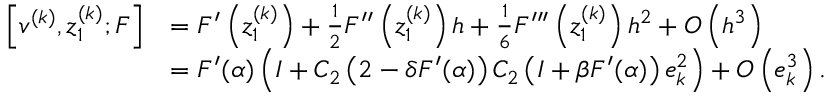
\begin{array} { r l } { \left[ v ^ { ( k ) } , z _ { 1 } ^ { ( k ) } ; F \right] } & { = F ^ { \prime } \left( z _ { 1 } ^ { ( k ) } \right) + \frac { 1 } { 2 } F ^ { \prime \prime } \left( z _ { 1 } ^ { ( k ) } \right) h + \frac { 1 } { 6 } F ^ { \prime \prime \prime } \left( z _ { 1 } ^ { ( k ) } \right) h ^ { 2 } + O \left( h ^ { 3 } \right) } \\ & { = F ^ { \prime } ( \alpha ) \left( I + C _ { 2 } \left( 2 - \delta F ^ { \prime } ( \alpha ) \right) C _ { 2 } \left( I + \beta F ^ { \prime } ( \alpha ) \right) e _ { k } ^ { 2 } \right) + O \left( e _ { k } ^ { 3 } \right) . } \end{array}